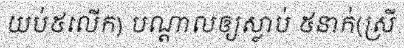
យប់៥លើក) បណ្តាលឲ្យស្លាប់ ៥នាក់(ស្រី